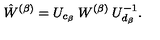
\hat { W } ^ { ( \beta ) } = U _ { c _ { \beta } } \: W ^ { ( \beta ) } \: U _ { d _ { \beta } } ^ { - 1 } .